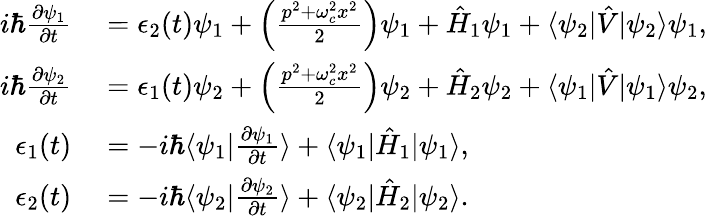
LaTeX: \begin{array}{rl}{i\hbar\frac{\partial\psi_{1}}{\partial t}}&{{}=\epsilon_{2}(t)\psi_{1}+\left(\frac{p^{2}+\omega_{c}^{2}x^{2}}{2}\right)\psi_{1}+\hat{H}_{1}\psi_{1}+\langle\psi_{2}|\hat{V}|\psi_{2}\rangle\psi_{1},}\\ {i\hbar\frac{\partial\psi_{2}}{\partial t}}&{{}=\epsilon_{1}(t)\psi_{2}+\left(\frac{p^{2}+\omega_{c}^{2}x^{2}}{2}\right)\psi_{2}+\hat{H}_{2}\psi_{2}+\langle\psi_{1}|\hat{V}|\psi_{1}\rangle\psi_{2},}\\ {\epsilon_{1}(t)}&{{}=-i\hbar\langle\psi_{1}|\frac{\partial\psi_{1}}{\partial t}\rangle+\langle\psi_{1}|\hat{H}_{1}|\psi_{1}\rangle,}\\ {\epsilon_{2}(t)}&{{}=-i\hbar\langle\psi_{2}|\frac{\partial\psi_{2}}{\partial t}\rangle+\langle\psi_{2}|\hat{H}_{2}|\psi_{2}\rangle.}\end{array}